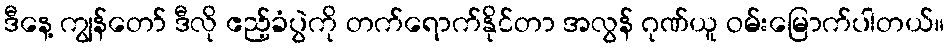
ဒီနေ့ ကျွန်တော် ဒီလို ဧည့်ခံပွဲကို တက်ရောက်နိုင်တာ အလွန် ဂုဏ်ယူ ဝမ်းမြောက်ပါတယ်။